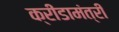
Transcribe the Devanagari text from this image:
क्रीडामंत्री